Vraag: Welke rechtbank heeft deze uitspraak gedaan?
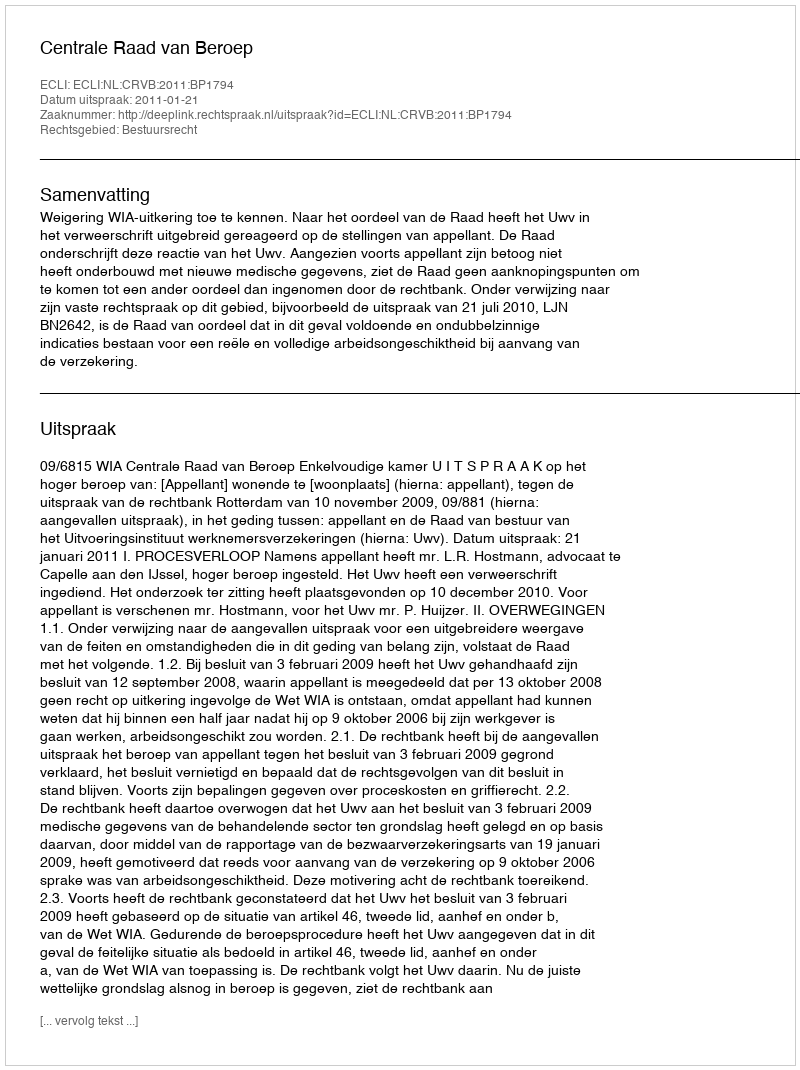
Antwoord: Centrale Raad van Beroep